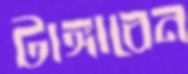
টাঙ্গাবেন